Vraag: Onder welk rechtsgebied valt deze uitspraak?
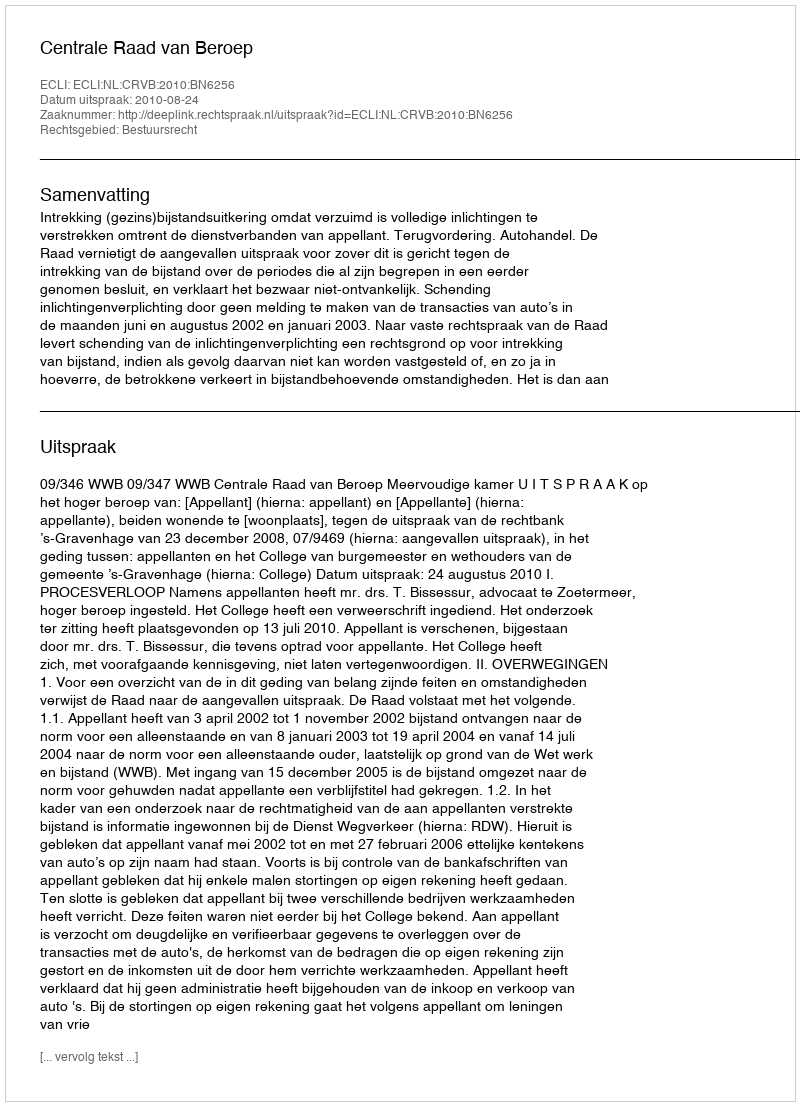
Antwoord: Bestuursrecht